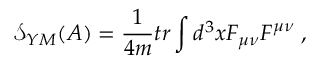
\mathcal { S } _ { Y M } ( A ) = \frac 1 { 4 m } t r \int d ^ { 3 } x F _ { \mu \nu } F ^ { \mu \nu } \; ,